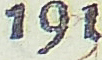
191